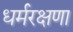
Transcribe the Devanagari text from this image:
धर्मरक्षणा